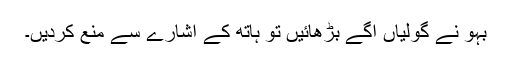
بہو نے گولیاں آگے بڑھائیں تو ہاتھ کے اشارے سے منع کردیں۔